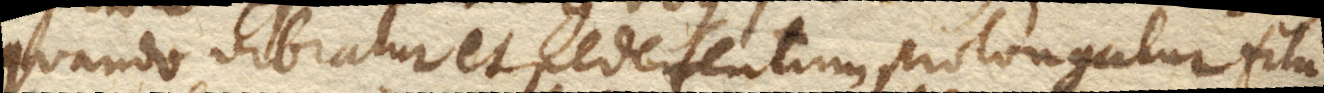
quando vibratur et pedetentim prolongatur filum